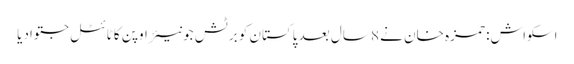
اسکواش: حمزہ خان نے 8 سال بعد پاکستان کو برٹش جونیئر اوپن کا ٹائٹل جتوادیا